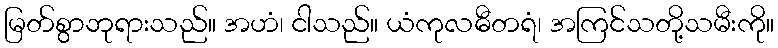
မြတ်စွာဘုရားသည်။ အဟံ၊ ငါသည်။ ယံကုလဓီတရံ၊ အကြင်သတို့သမီးကို။